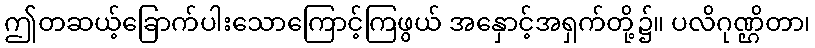
ဤတဆယ့်ခြောက်ပါးသောကြောင့်ကြဖွယ် အနှောင့်အရှက်တို့၌။ ပလိဂုဏ္ဌိတာ၊